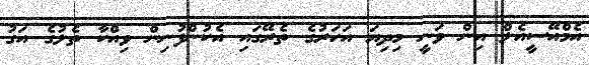
އެމްއޭސީއެލް އިން ވަނީ މިދިޔަ އަހަރުގެ ތެރޭގައި އެކުންފުނިން ވިއްކާ ތެލުގެ އަގު